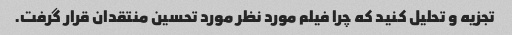
تجزیه و تحلیل کنید که چرا فیلم مورد نظر مورد تحسین منتقدان قرار گرفت.